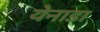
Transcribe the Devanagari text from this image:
येनाडा